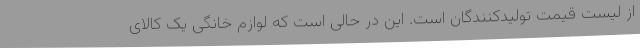
از لیست قیمت تولیدکنندگان است. این در حالی است که لوازم خانگی یک کالای